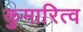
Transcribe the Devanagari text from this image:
कुमारित्व